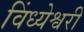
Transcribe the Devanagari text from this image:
विंध्येश्वरी